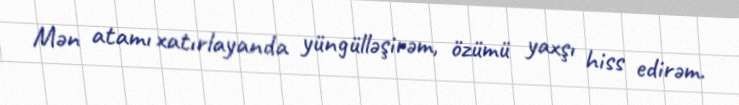
Mən atamı xatırlayanda yüngülləşirəm, özümü yaxşı hiss edirəm.